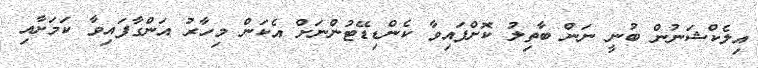
އިލެކްޝަނުން ބުނީ ނަން ބާތިލު ކޮށްފައިވާ ކެންޑިޑޭޓުންނަށް އެކަން މިހާރު އަންގާފައިވާ ކަމަށާއި